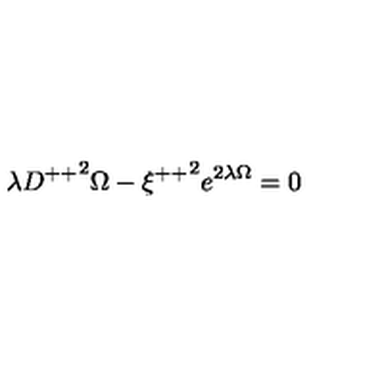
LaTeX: \lambda { D ^ { + + } } ^ { 2 } \Omega - { \xi ^ { + + } } ^ { 2 } e ^ { 2 \lambda \Omega } = 0